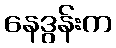
နေဒွန်းက